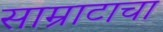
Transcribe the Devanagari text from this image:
साम्राटाचा